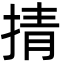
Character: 掅